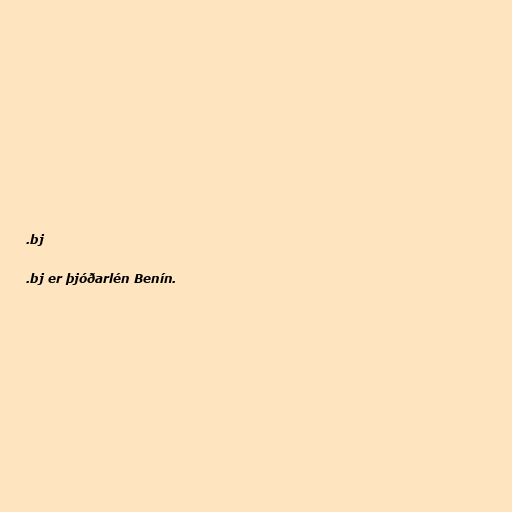
.bj

.bj er þjóðarlén Benín.